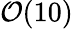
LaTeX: \mathcal{O}(10)